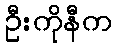
ဦးကိုနီက